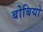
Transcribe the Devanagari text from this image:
बोबियो